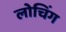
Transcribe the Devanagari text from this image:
लोचिंग